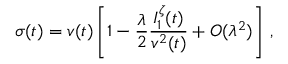
\sigma ( t ) = v ( t ) \left[ 1 - \frac { \lambda } { 2 } \frac { I _ { 1 } ^ { \zeta } ( t ) } { v ^ { 2 } ( t ) } + O ( \lambda ^ { 2 } ) \right] \, ,